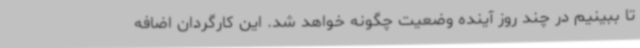
تا ببینیم در چند روز آینده وضعیت چگونه خواهد شد. این کارگردان اضافه